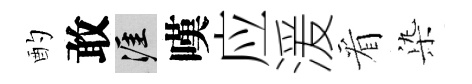
酌敢涯嘆应湲看𣑱